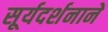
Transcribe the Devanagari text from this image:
सूर्यदर्शनानें